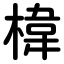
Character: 椲